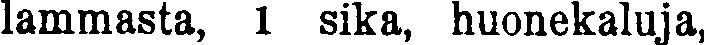
lammasta, 1 sika, huonekaluja,